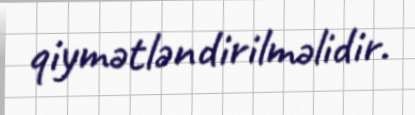
qiymətləndirilməlidir.